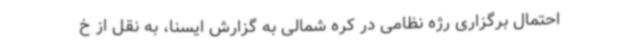
احتمال برگزاری رژه نظامی در کره شمالی به گزارش ایسنا، به نقل از خ